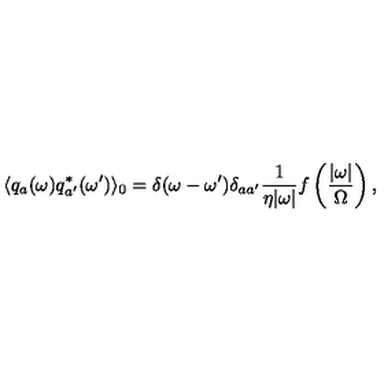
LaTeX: \langle q _ { a } ( \omega ) q _ { a ^ { \prime } } ^ { * } ( \omega ^ { \prime } ) \rangle _ { 0 } = \delta ( \omega - \omega ^ { \prime } ) \delta _ { a a ^ { \prime } } \frac { 1 } { \eta | \omega | } f \left( \frac { | \omega | } { \Omega } \right) ,